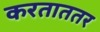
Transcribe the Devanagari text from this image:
करताततर